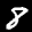
Label: 8